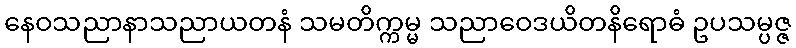
နေဝသညာနာသညာယတနံ သမတိက္ကမ္မ သညာဝေဒယိတနိရောဓံ ဥပသမ္ပဇ္ဇ